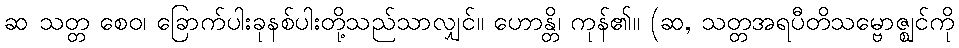
ဆ သတ္တ စေဝ၊ ခြောက်ပါးခုနစ်ပါးတို့သည်သာလျှင်။ ဟောန္တိ၊ ကုန်၏။ (ဆ, သတ္တအရပီတိသမ္ဗောဇ္ဈင်ကို